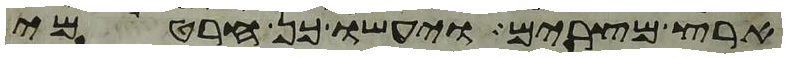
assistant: ארץ מצרים ויעשו כן חרטמי